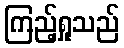
ကြည့်ရှုသည်